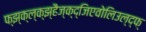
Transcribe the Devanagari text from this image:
फ्झ्क्ल्क्झ्हैज्क्द्जिएवोलिउल्द्फ्